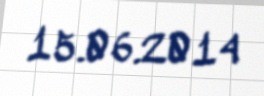
15.06.2014